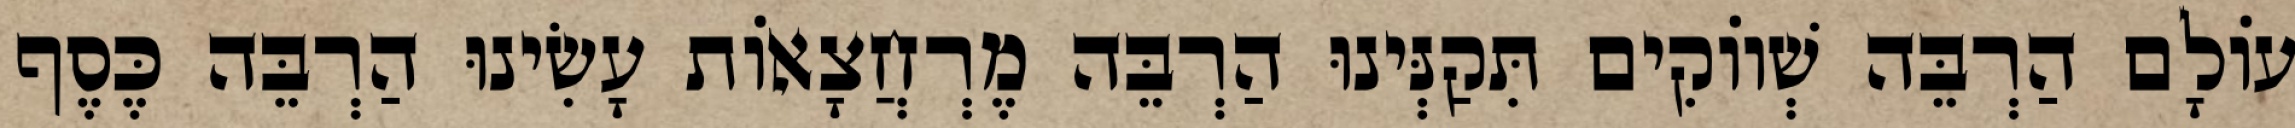
עוֹלָם הַרְבֵּה שְׁווֹקִים תִּקַנְּינוּ הַרְבֵּה מֶרְחֲצָאוֹת עָשִׂינוּ הַרְבֵּה כֶּסֶף